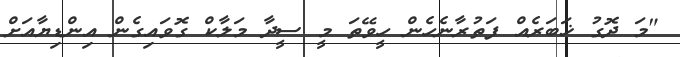
"މަ ދޮގު ޚަބަރެއް ފަތުރާނެހެން ހީވޭތަ މީ ސީދާ މަލާކް ގޮވައިގެން އިންޑިޔާއަށް